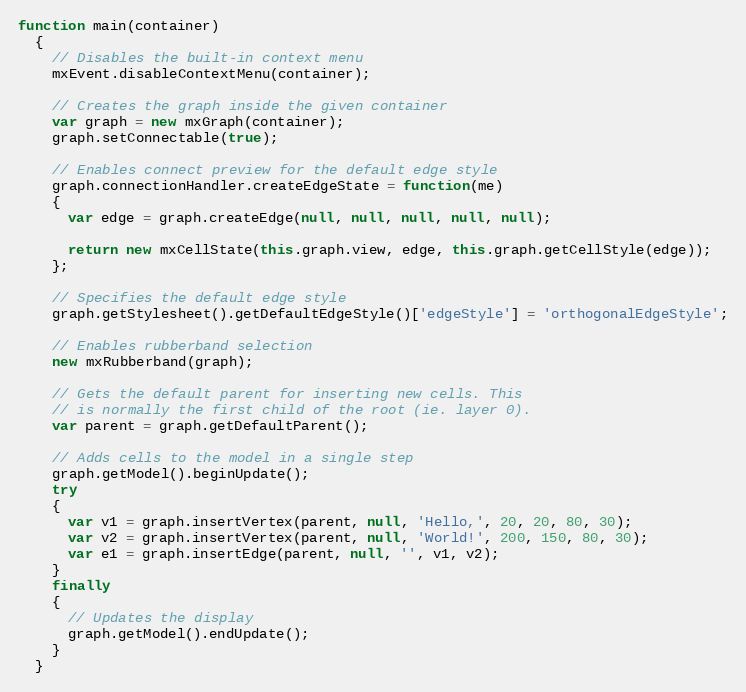
Language: JavaScript
function main(container)
  {
    // Disables the built-in context menu
    mxEvent.disableContextMenu(container);

    // Creates the graph inside the given container
    var graph = new mxGraph(container);
    graph.setConnectable(true);

    // Enables connect preview for the default edge style
    graph.connectionHandler.createEdgeState = function(me)
    {
      var edge = graph.createEdge(null, null, null, null, null);

      return new mxCellState(this.graph.view, edge, this.graph.getCellStyle(edge));
    };

    // Specifies the default edge style
    graph.getStylesheet().getDefaultEdgeStyle()['edgeStyle'] = 'orthogonalEdgeStyle';

    // Enables rubberband selection
    new mxRubberband(graph);

    // Gets the default parent for inserting new cells. This
    // is normally the first child of the root (ie. layer 0).
    var parent = graph.getDefaultParent();

    // Adds cells to the model in a single step
    graph.getModel().beginUpdate();
    try
    {
      var v1 = graph.insertVertex(parent, null, 'Hello,', 20, 20, 80, 30);
      var v2 = graph.insertVertex(parent, null, 'World!', 200, 150, 80, 30);
      var e1 = graph.insertEdge(parent, null, '', v1, v2);
    }
    finally
    {
      // Updates the display
      graph.getModel().endUpdate();
    }
  }